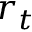
r _ { t }